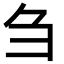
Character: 刍